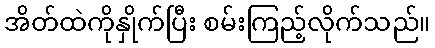
အိတ်ထဲကိုနှိုက်ပြီး စမ်းကြည့်လိုက်သည်။